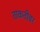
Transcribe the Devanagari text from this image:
ताकतीवर